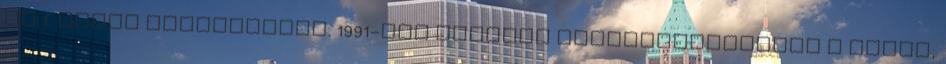
az 1. számú poliklinika. 1991-ben alakult Marosvásárhelyen a SMURD,